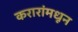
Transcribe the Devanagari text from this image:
करारांमधून